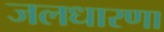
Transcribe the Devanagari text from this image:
जलधारणा